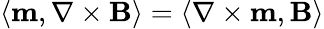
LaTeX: \langle\mathbf{m},\nabla\times\mathbf{B}\rangle=\langle\nabla\times\mathbf{m},\mathbf{B}\rangle